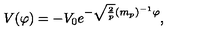
V ( \varphi ) = - V _ { 0 } e ^ { - \sqrt { \frac { 2 } { p } } ( m _ { p } ) ^ { - 1 } \varphi } ,